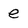
Character: e